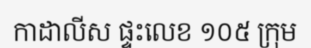
កាដាលីស ផ្ទះលេខ ១០៥ ក្រុម